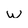
Character: w